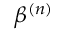
\beta ^ { ( n ) }